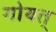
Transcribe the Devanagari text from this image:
गोयत्